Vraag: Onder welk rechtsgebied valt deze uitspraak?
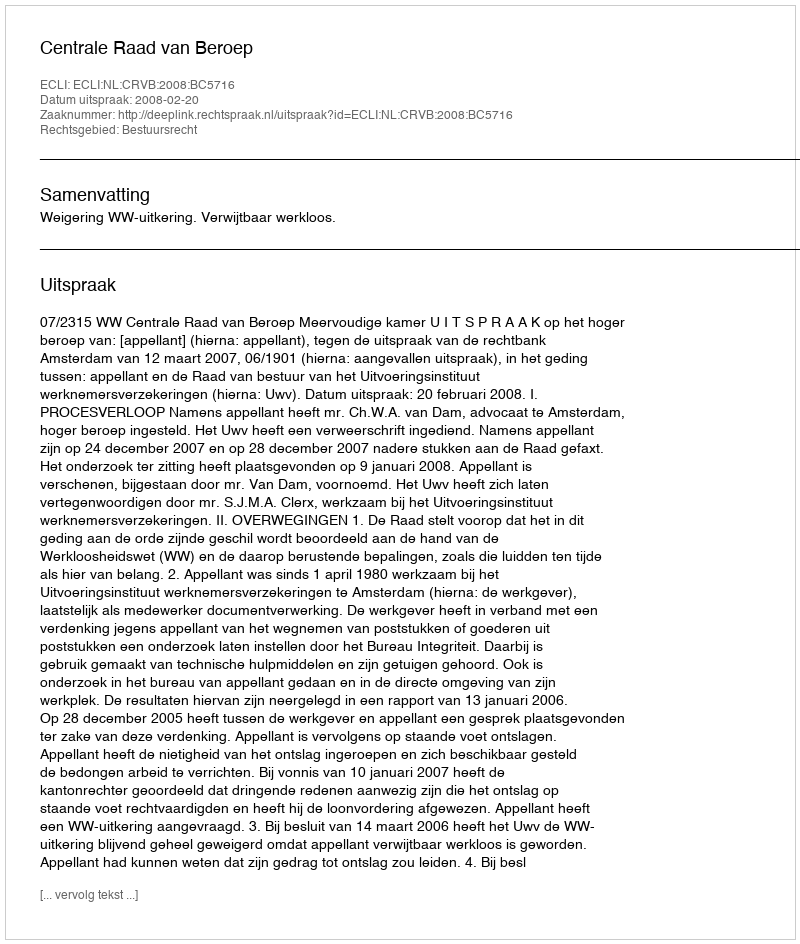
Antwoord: Bestuursrecht